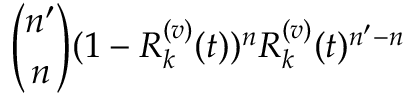
\binom { n ^ { \prime } } { n } ( 1 - R _ { k } ^ { ( v ) } ( t ) ) ^ { n } R _ { k } ^ { ( v ) } ( t ) ^ { n ^ { \prime } - n }